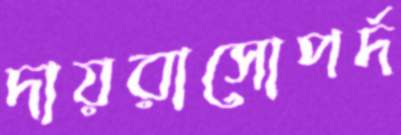
দায়রাসোপর্দ